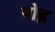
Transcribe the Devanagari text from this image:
पोह्ल